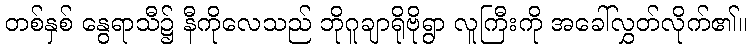
တစ်နှစ် နွေရာသီ၌ နီကိုလေသည် ဘိုဂူချာရိုဗိုရွာ လူကြီးကို အခေါ်လွှတ်လိုက်၏။